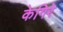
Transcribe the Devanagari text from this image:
केगिरे